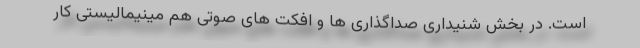
است. در بخش شنیداری صداگذاری ها و افکت های صوتی هم مینیمالیستی کار